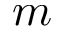
m